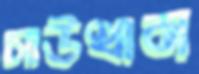
সাউথান